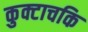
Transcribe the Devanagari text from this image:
कुक्टाचकि